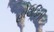
હોઉડિની